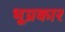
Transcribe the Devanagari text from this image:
भूप्रकार